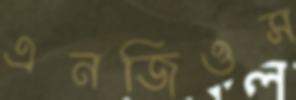
এনজিওস